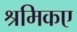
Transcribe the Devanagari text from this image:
श्रमिकए